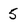
Character: 5